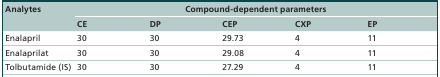
| Analytes | <COLSPAN=5> Compound-dependent parameters |
 |  | CE | DP | CEP | CXP | EP |
 | --- | --- | --- | --- | --- | --- |
 | Enalapril | 30 | 30 | 29.73 | 4 | 11 |
 | Enalaprilat | 30 | 30 | 29.08 | 4 | 11 |
 | Tolbutamide (IS) | 30 | 30 | 27.29 | 4 | 11 |